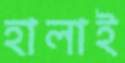
হালাই